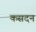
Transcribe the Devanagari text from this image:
कसदन